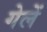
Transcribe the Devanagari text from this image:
गेलें